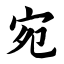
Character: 宛